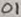
Text: 01